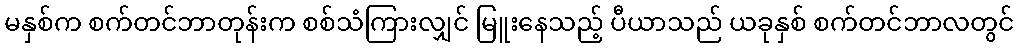
မနှစ်က စက်တင်ဘာတုန်းက စစ်သံကြားလျှင် မြူးနေသည့် ပီယာသည် ယခုနှစ် စက်တင်ဘာလတွင်